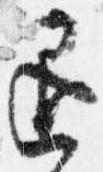
退